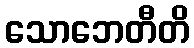
သောဘေတီတိ